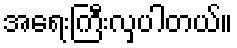
အရေးကြီးလှပါတယ်။